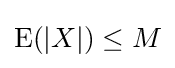
\operatorname {E} (|X|)\leq M